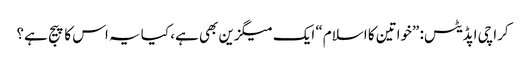
کراچی اپڈیٹس: ”خواتین کا اسلام“ ایک میگزین بھی ہے، کیا یہ اس کا پیج ہے؟